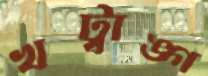
খট্বাঙ্গ